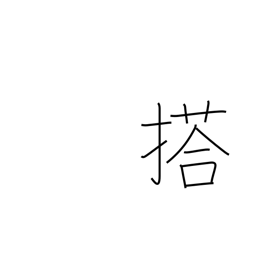
Meaning: load (a vehicle)